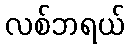
လစ်ဘရယ်